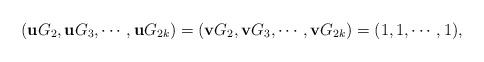
LaTeX: \begin{align*}(\mathbf{u}G_2,\mathbf{u}G_3,\cdots,\mathbf{u}G_{2k})=(\mathbf{v}G_2,\mathbf{v}G_3,\cdots,\mathbf{v}G_{2k})=(1,1,\cdots,1),\end{align*}